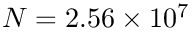
N = 2 . 5 6 \times 1 0 ^ { 7 }